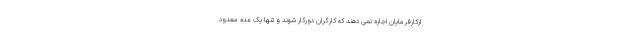
ازکارفرمایان اجازه نمی دهند که کارگران دورکار شوند و تنها یک عده معدود